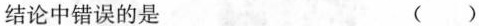
结论中错误的是 ( )